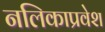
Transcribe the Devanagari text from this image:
नलिकाप्रवेश